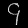
Digit: ၄